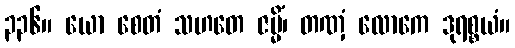
၃၃၆။ ယော စေတံ သဟတေ ဇမ္မိံ၊ တဏှံ လောကေ ဒုရစ္စယံ။